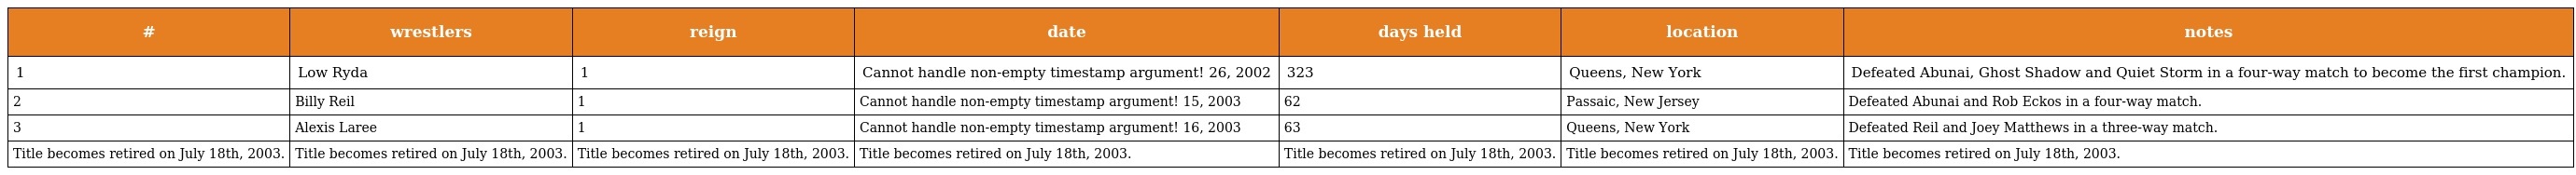
| # | wrestlers | reign | date | days held | location | notes |
 | --- | --- | --- | --- | --- | --- | --- |
 | 1 | Low Ryda | 1 | Cannot handle non-empty timestamp argument! 26, 2002 | 323 | Queens, New York | Defeated Abunai, Ghost Shadow and Quiet Storm in a four-way match to become the first champion. |
 | 2 | Billy Reil | 1 | Cannot handle non-empty timestamp argument! 15, 2003 | 62 | Passaic, New Jersey | Defeated Abunai and Rob Eckos in a four-way match. |
 | 3 | Alexis Laree | 1 | Cannot handle non-empty timestamp argument! 16, 2003 | 63 | Queens, New York | Defeated Reil and Joey Matthews in a three-way match. |
 | Title becomes retired on July 18th, 2003. | Title becomes retired on July 18th, 2003. | Title becomes retired on July 18th, 2003. | Title becomes retired on July 18th, 2003. | Title becomes retired on July 18th, 2003. | Title becomes retired on July 18th, 2003. | Title becomes retired on July 18th, 2003. |